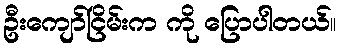
ဦးကျော်ငြိမ်းက ကို ပြောပါတယ်။